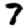
Digit: 7